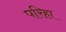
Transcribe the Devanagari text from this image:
परिहा